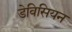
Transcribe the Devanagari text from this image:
डेविसियन